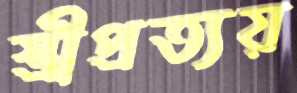
স্ত্রীপ্রত্যয়